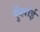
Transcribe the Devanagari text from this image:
कुँल्लोई